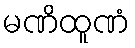
မဏိထူဏံ